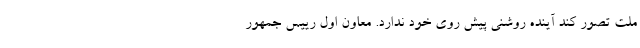
ملت تصور کند آینده روشنی پیش روی خود ندارد. معاون اول رییس جمهور